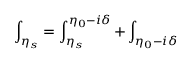
\int _ { \eta _ { s } } = \int _ { \eta _ { s } } ^ { \eta _ { 0 } - i \delta } + \int _ { \eta _ { 0 } - i \delta }